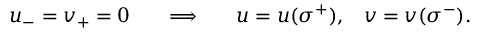
u _ { - } = v _ { + } = 0 \; \; \; \; \; \; \Longrightarrow \; \; \; \; \; \; u = u ( \sigma ^ { + } ) , \; \; \; v = v ( \sigma ^ { - } ) .